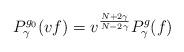
LaTeX: \begin{align*}P_{\gamma}^{g_0}(vf) = v^{\frac{N + 2\gamma}{N - 2\gamma}}P_{\gamma}^g(f)\end{align*}